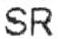
SR